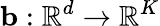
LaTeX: \mathbf{b}:\mathbb{R}^{d}\to\mathbb{R}^{K}